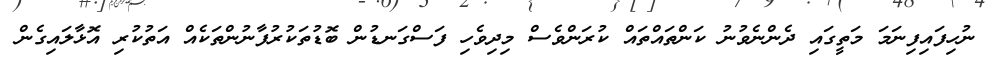
ނުހިފައިފިނަމަ މަތީގައި ދެންނެވުނު ކަންތައްތައް ކުރަންވެސް މިދިވެހި ފަސްގަނޑުން ބޮޑުތަކުރުފާނުންތަކެއް އަތުކުރި އޮޅާލައިގެން